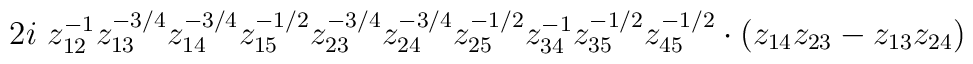
2i\ z_{12}^{-1} z_{13}^{-3/4} z_{14}^{-3/4} z_{15}^{-1/2} z_{23}^{-3/4}z_{24}^{-3/4} z_{25}^{-1/2} z_{34}^{-1} z_{35}^{-1/2} z_{45}^{-1/2}\cdot (z_{14}z_{23} -z_{13}z_{24})